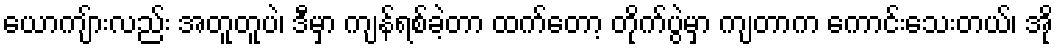
ယောကျ်ားလည်း အတူတူပဲ၊ ဒီမှာ ကျန်ရစ်ခဲ့တာ ထက်တော့ တိုက်ပွဲမှာ ကျတာက ကောင်းသေးတယ်၊ အို